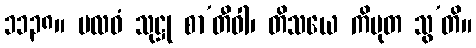
၁၁၃၈။ ဗလဝံ သုဋ္ဌု စာ’တီဝါ၊ တိသယေ ကိမုတ သွ’တိ။